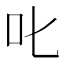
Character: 叱